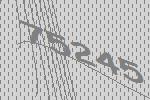
75245